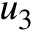
u _ { 3 }